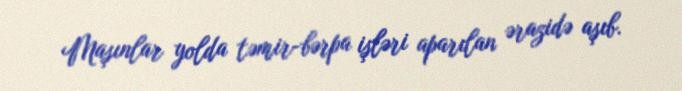
Maşınlar yolda təmir-bərpa işləri aparılan ərazidə aşıb.